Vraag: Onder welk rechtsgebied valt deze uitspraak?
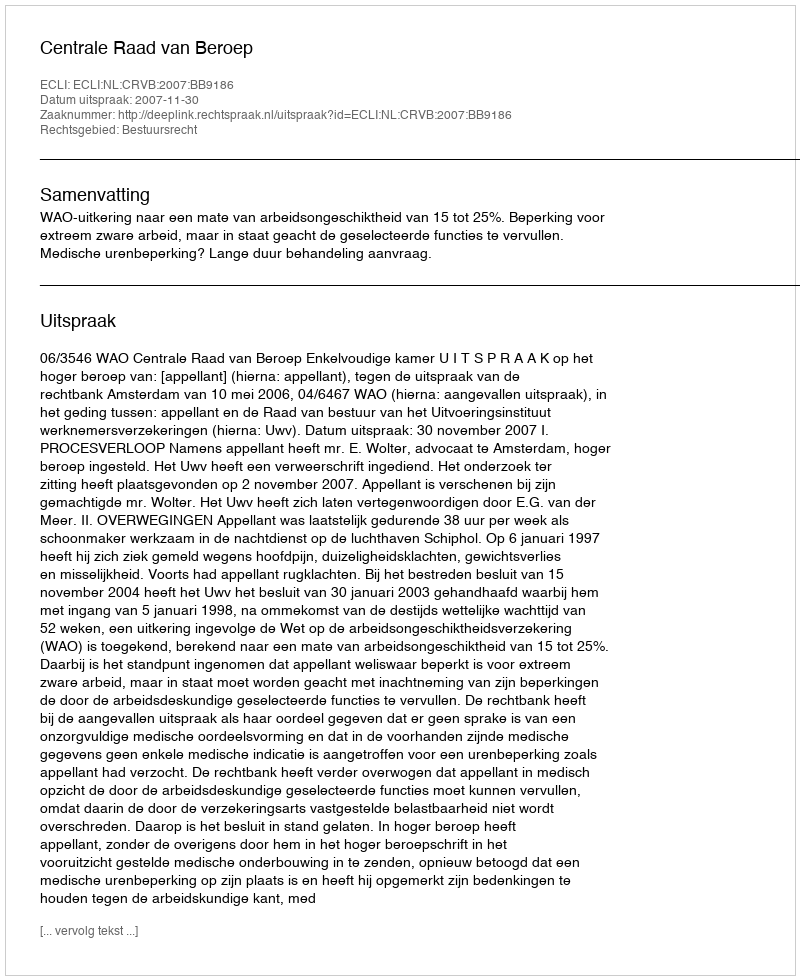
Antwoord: Bestuursrecht